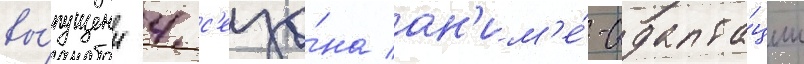
вы́пущены 4 с'езо́на ан'им'е́-адапта́ции